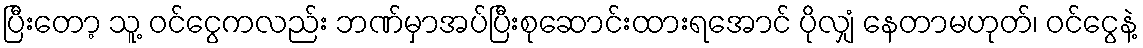
ပြီးတော့ သူ့ ဝင်ငွေကလည်း ဘဏ်မှာအပ်ပြီးစုဆောင်းထားရအောင် ပိုလျှံ နေတာမဟုတ်၊ ဝင်ငွေနဲ့